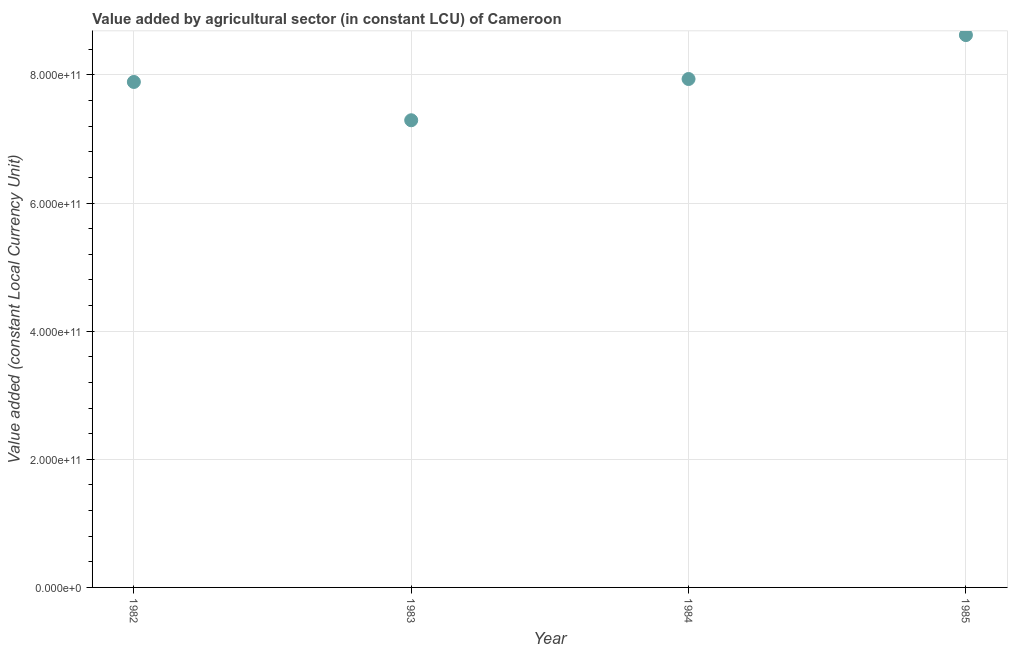
| Year | Agriculture |
 | --- | --- |
 | 1982 | 7.89e+11 |
 | 1983 | 7.29e+11 |
 | 1984 | 7.94e+11 |
 | 1985 | 8.62e+11 |